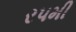
ર૫મી